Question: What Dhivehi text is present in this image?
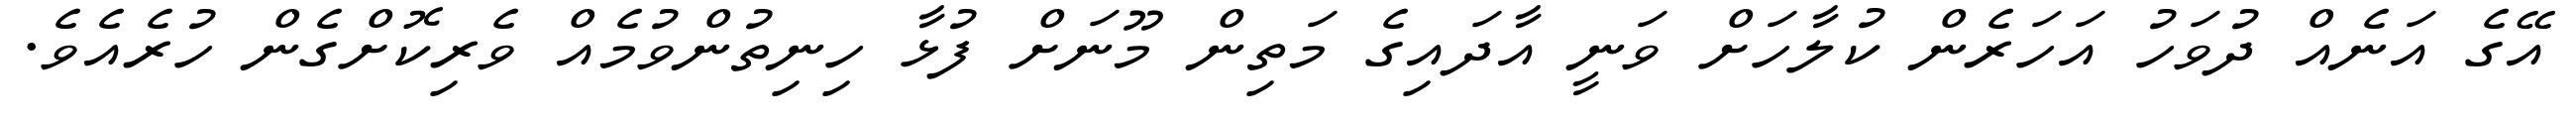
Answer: އޭގެ އަނެއް ދުވަހު އަހަރެން ކުލާހަށް ވަނީ އާދައިގެ މަތިން މޫނަށް ފުޅާ ހިނިތުންވުމެއް ވެރިކޮށްގެން ހުރެއެވެ.